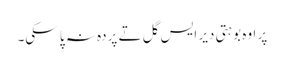
‏ پر اوہ بوہتی دیر ایس گل تے پردہ نہ پا سکی۔